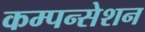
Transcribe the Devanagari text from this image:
कम्पन्सेशन